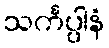
သင်္ကပ္ပါနံ